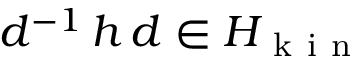
d ^ { - 1 } \, h \, d \in H _ { \mathrm { ~ k ~ i ~ n ~ } }